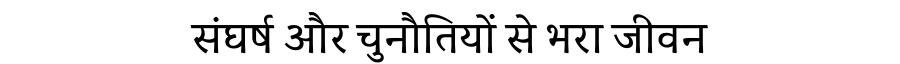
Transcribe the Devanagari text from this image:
संघर्ष और चुनौतियों से भरा जीवन